Civil Veterinary Dept. Bombay admin report 1923-31 - 1923-1931
Year: 1923
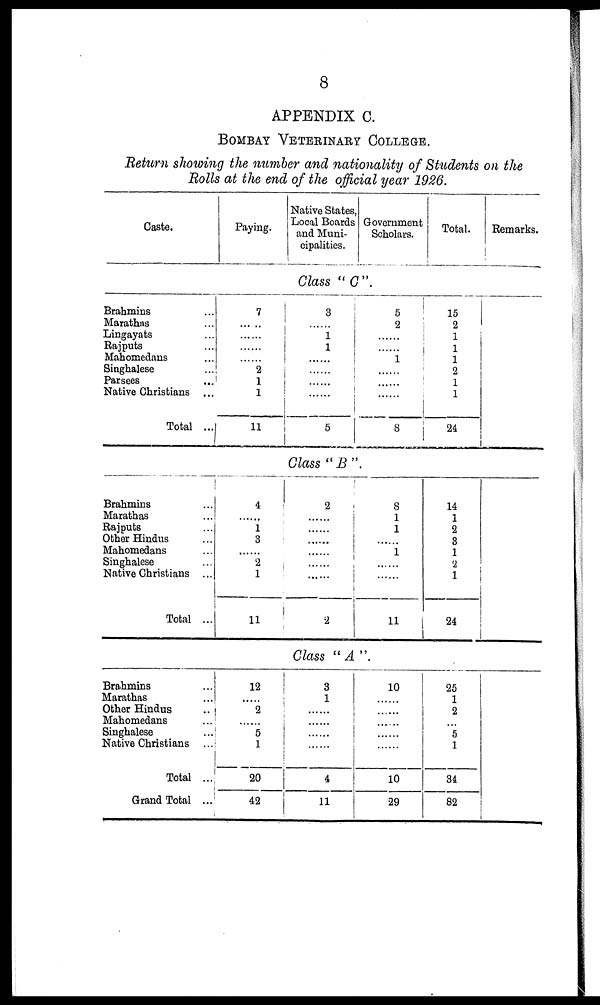
8
APPENDIX
C.
BOMBAY
VETERINARY
COLLEGE.
Return
showing
the number
and
nationality
of Students
on
the
Bolls
at the end of the
official
year
1926.
Caste.
Brahmins ...
Marathas ...
Lingayats ...
Rajputs ...
Mahomedans ...
Singhalese ...
Parsees ...
Native Christians
...
Total ...
Brahmins ...
Marathas ...
Rajputs ...
Other Hindus ...
Mahomedans ...
Singhalese ...
Native Christians ...
Total
...
Brahmins ...
Marathas ...
Other Hindus ...
Mahomedans ...
Singhalese ...
Native Christians ...
Total ...
Grand Total
...
Paying.
7
......
......
......
2
1
1
11
4
1
3
......
2
1
11
12
......
2
......
5
1
20
42
Native States,
Local Boards
and Muni-
cipalities.
Government
Scholars.
Class
"C".
3
......
1
1
......
......
......
......
5
5
2
......
1
......
......
8
Class
"B".
2
......
......
......
2
8
1
1
......
1
......
......
11
Class
"A".
3
1
......
......
......
......
4
11
10
......
......
......
......
10
29
Total.
15
2
1
1
1
2
1
1
24
14
1
2
3
1
2
1
24
25
1
2
...
5
1
34
82
Remarks.